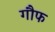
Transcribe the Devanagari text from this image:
गौफ